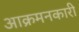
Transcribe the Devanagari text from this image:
आक्रमनकारी